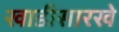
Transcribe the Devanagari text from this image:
खाडीसारखे